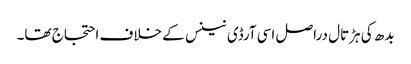
بدھ کی ہڑتال دراصل اسی آرڈی نینس کے خلاف احتجاج تھا۔